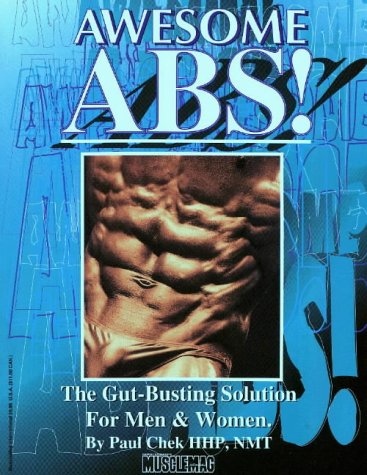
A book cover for Awesome Abs: The Gut Busting Selection for Men & Women; Paul Chek; Health, Fitness & Dieting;